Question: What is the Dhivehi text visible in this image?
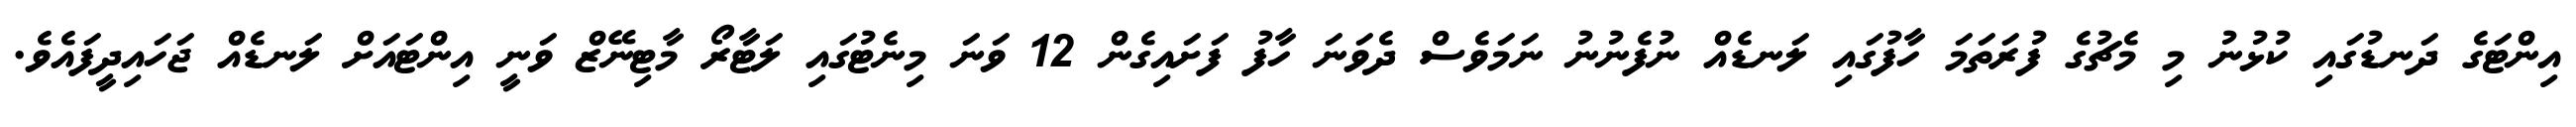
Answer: އިންޓަގެ ދަނޑުގައި ކުޅުނު މި މެޗުގެ ފުރަތަމަ ހާފުގައި ލަނޑެއް ނުފެނުނު ނަމަވެސް ދެވަނަ ހާފު ފަށައިގެން 12 ވަނަ މިނެޓުގައި ލަޓާރޯ މާޓިނޭޒް ވަނީ އިންޓައަށް ލަނޑެއް ޖަހައިދީފައެވެ.